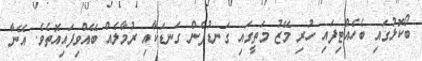
ބޯކޮޅުގައި ބެހެއްޓިފައި ހުރި މޭޒު މަތީގައި ގަނޑުފެން ގަނޑަކާއި ރުމާލެއް ބޭއްވިފައިއޮތެވެ. އޭނާ